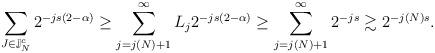
LaTeX: \begin{align*}\sum_{J\in \mathbb{J}^c_N} 2^{-js(2-\alpha)}\ge \sum_{j=j(N)+1}^{\infty} L_j 2^{-js(2-\alpha)}\ge \sum_{j=j(N)+1}^{\infty} 2^{-js} \gtrsim 2^{-j(N)s}.\end{align*}